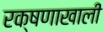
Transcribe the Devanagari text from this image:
रक्षणाखाली